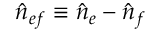
\hat { n } _ { e f } \equiv \hat { n } _ { e } - \hat { n } _ { f }